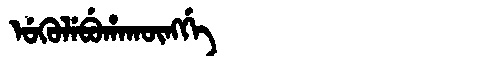
Manchu: ᡠᡴᡠᠯᡝᠪᡠᡥᠠᡴᡡᠩᡤᡝ
Romanization: UKULEBUHAKŪNGGE